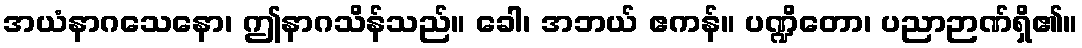
အယံနာဂသေနော၊ ဤနာဂသိန်သည်။ ခေါ၊ အဘယ် ဧကန်။ ပဏ္ဍိတော၊ ပညာဉာဏ်ရှိ၏။